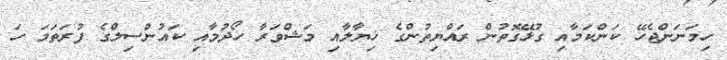
ހިމަނަންޖެހޭ ކަންކަމާއި ގުޅޭގޮތުން ރައްޔިތުންގެ ޚިޔާލާއި މަަޝްވަރާ ހޯދުމާއި ކައުންސިލްގެ ފުރަތަމަ ހަ